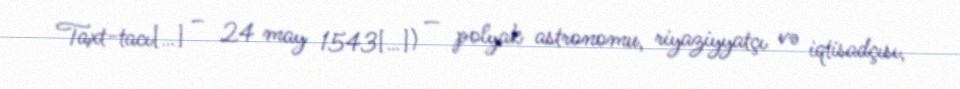
Taxt-tacı[…] – 24 may 1543[…]) — polyak astronomu, riyaziyyatçı və iqtisadçısı,